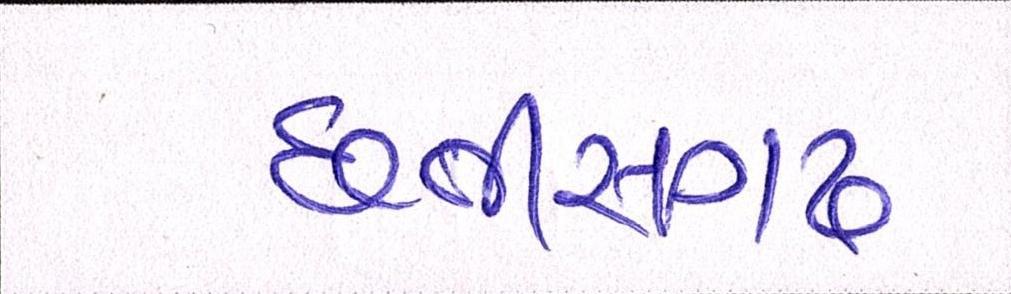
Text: છત્તીસગઢ